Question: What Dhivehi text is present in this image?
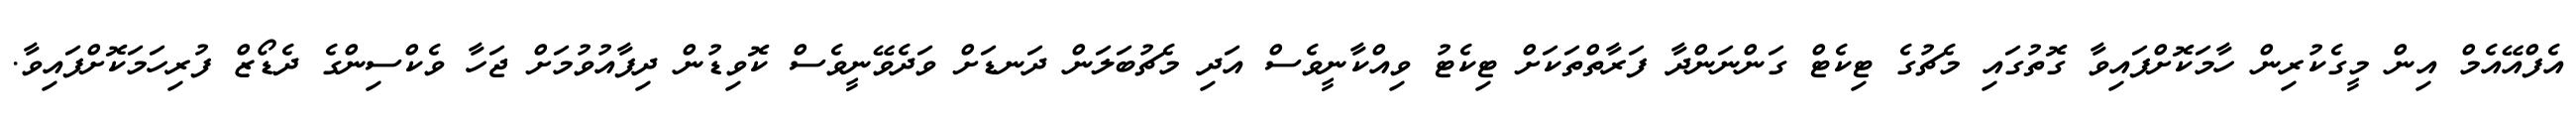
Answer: އެފްއޭއެމް އިން މީގެކުރިން ހާމަކޮށްފައިވާ ގޮތުގައި މެޗުގެ ޓިކެޓް ގަންނަންދާ ފަރާތްތަކަށް ޓިކެޓު ވިއްކާނީވެސް އަދި މެޗުބަލަން ދަނޑަށް ވަދެވޭނީވެސް ކޮވިޑުން ދިފާއުވުމަށް ޖަހާ ވެކްސިންގެ ދެޑޯޒް ފުރިހަމަކޮށްފައިވާ.